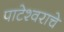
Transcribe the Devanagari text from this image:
पाटेश्वराचे